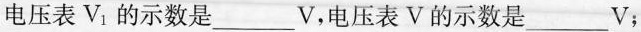
电压表V_{1}的示数是____V，电压表V的示数是____V；